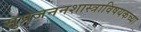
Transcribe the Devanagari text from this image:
सुप्रजननशास्त्राविषयकच्या